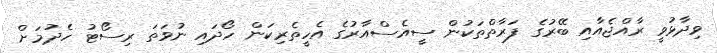
ވިދާޅުވީ ރާއްޖެއާއި ބޭރުގެ ފަރާތްތަކުން ސީއެސްއާރުގެ އެހީތެރިކަން ހޯދައި ނުވަތަ ރިސޯޓު ހެދުމަށް